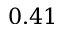
0 . 4 1